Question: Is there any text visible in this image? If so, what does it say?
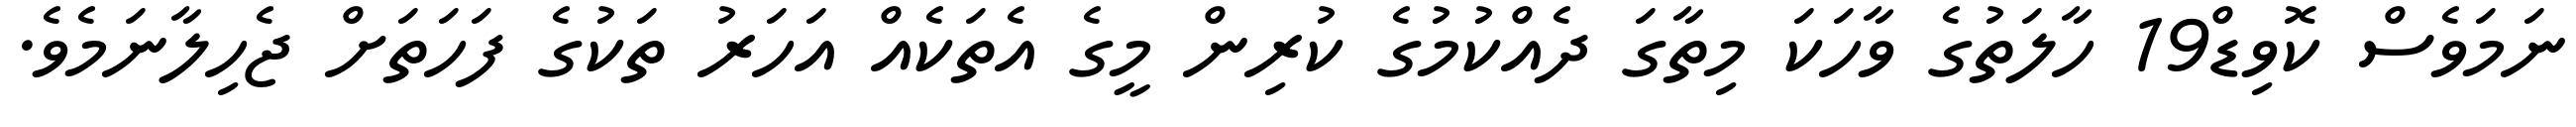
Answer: ނަމަވެސް ކޮވިޑް19 ހާލަތުގެ ވާހަކަ މިތާގަ ދެއްކުމުގެ ކުރިން މީގެ އެތަކެއް އަހަރު ތަކުގެ ފަހަތަށް ޖެހިލާނަމެވެ.